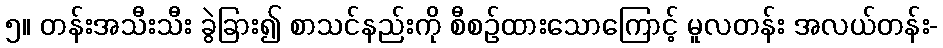
၅။ တန်းအသီးသီး ခွဲခြား၍ စာသင်နည်းကို စီစဉ်ထားသောကြောင့် မူလတန်း အလယ်တန်း-